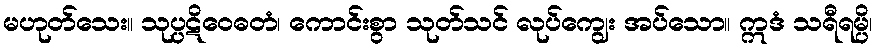
မဟုတ်သေး။ သုပ္ပဋိဝေဓတံ၊ ကောင်းစွာ သုတ်သင် လုပ်ကျွေး အပ်သော။ ဣဒံ သရီရမ္ပိ၊